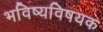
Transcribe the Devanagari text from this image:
भविष्यविषयक